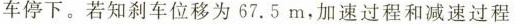
车停下。若知刹车位移为67.5m，加速过程和减速过程